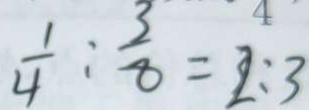
\frac { 1 } { 4 } : \frac { 3 } { 8 } = 2 : 3